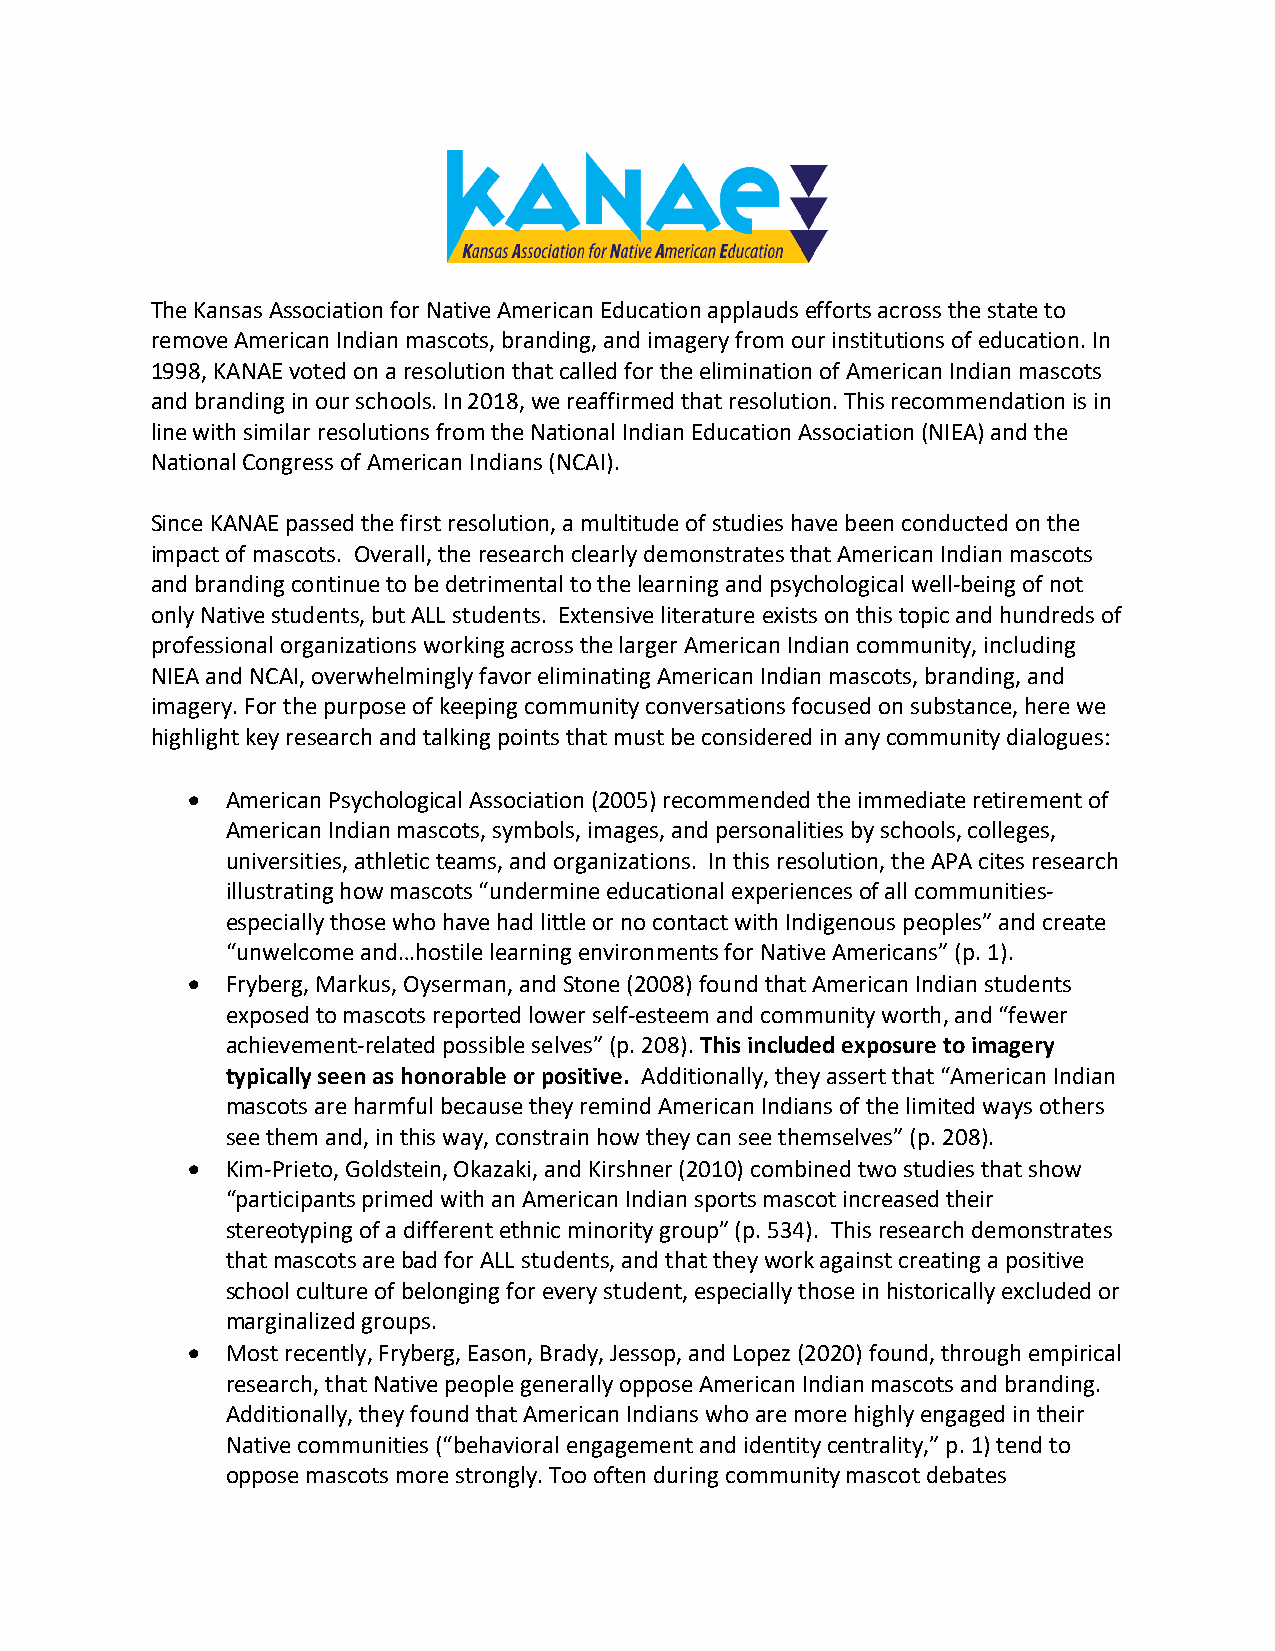
The Kansas Association for Native American Education applauds efforts across the state to
 remove American Indian mascots, branding, and imagery from our institutions of education. In
 1998, KANAE voted on a resolution that called for the elimination of American Indian mascots
 and branding in our schools. In 2018, we reaffirmed that resolution. This recommendation is in
 line with similar resolutions from the National Indian Education Association (NIEA) and the
 National Congress of American Indians (NCAI).
 Since KANAE passed the first resolution, a multitude of studies have been conducted on the
 impact of mascots. Overall, the research clearly demonstrates that American Indian mascots
 and branding continue to be detrimental to the learning and psychological well-being of not
 only Native students, but ALL students. Extensive literature exists on this topic and hundreds of
 professional organizations working across the larger American Indian community, including
 NIEA and NCAI, overwhelmingly favor eliminating American Indian mascots, branding, and
 imagery. For the purpose of keeping community conversations focused on substance, here we
 highlight key research and talking points that must be considered in any community dialogues:
 •  American Psychological Association (2005) recommended the immediate retirement of
 American Indian mascots, symbols, images, and personalities by schools, colleges,
 universities, athletic teams, and organizations. In this resolution, the APA cites research
 illustrating how mascots “undermine educational experiences of all communities-
 especially those who have had little or no contact with Indigenous peoples” and create
 “unwelcome and…hostile learning environments for Native Americans” (p. 1).
 •  Fryberg, Markus, Oyserman, and Stone (2008) found that American Indian students
 exposed to mascots reported lower self-esteem and community worth, and “fewer
 achievement-related possible selves” (p. 208). This included exposure to imagery
 typically seen as honorable or positive. Additionally, they assert that “American Indian
 mascots are harmful because they remind American Indians of the limited ways others
 see them and, in this way, constrain how they can see themselves” (p. 208).
 •  Kim-Prieto, Goldstein, Okazaki, and Kirshner (2010) combined two studies that show
 “participants primed with an American Indian sports mascot increased their
 stereotyping of a different ethnic minority group” (p. 534). This research demonstrates
 that mascots are bad for ALL students, and that they work against creating a positive
 school culture of belonging for every student, especially those in historically excluded or
 marginalized groups.
 •  Most recently, Fryberg, Eason, Brady, Jessop, and Lopez (2020) found, through empirical
 research, that Native people generally oppose American Indian mascots and branding.
 Additionally, they found that American Indians who are more highly engaged in their
 Native communities (“behavioral engagement and identity centrality,” p. 1) tend to
 oppose mascots more strongly. Too often during community mascot debates